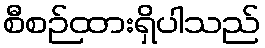
စီစဉ်ထားရှိပါသည်